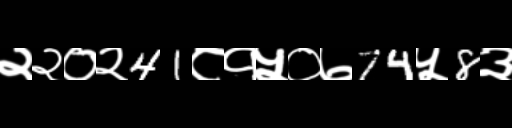
Text: २२०२41८१५०७74५8३